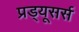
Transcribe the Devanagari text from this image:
प्रड्यूसर्स